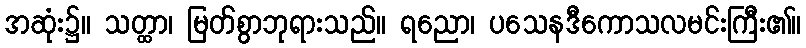
အဆုံး၌။ သတ္ထာ၊ မြတ်စွာဘုရားသည်။ ရညော၊ ပသေနဒီကောသလမင်းကြီး၏။